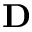
{ \bf D }